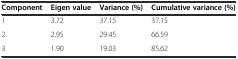
<table><thead><tr><td><b>Component</b></td><td><b>Eigen value</b></td><td><b>Variance (%)</b></td><td><b>Cumulative variance (%)</b></td></tr></thead><tbody><tr><td>1</td><td>3.72</td><td>37.15</td><td>37.15</td></tr><tr><td>2</td><td>2.95</td><td>29.45</td><td>66.59</td></tr><tr><td>3</td><td>1.90</td><td>19.03</td><td>85.62</td></tr></tbody></table>